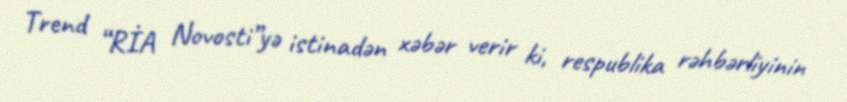
Trend “RİA Novosti”yə istinadən xəbər verir ki, respublika rəhbərliyinin